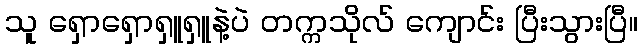
သူ ရှောရှောရှူရှူနဲ့ပဲ တက္ကသိုလ် ကျောင်း ပြီးသွားပြီ။